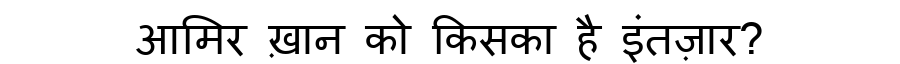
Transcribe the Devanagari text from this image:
आमिर ख़ान को किसका है इंतज़ार?